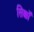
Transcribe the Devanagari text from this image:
सिक्कोँ